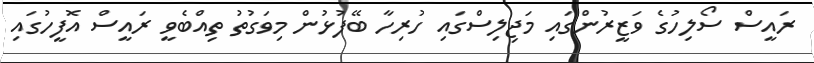
ރައީސް ސޯލިހުގެ ވަޒީރުންގައި މަޖިލިސްގައި ހުރިހާ ބޭފުޅުން މިވަގުތު ތިއްބެވީ ރައީސް އޮފީހުގައި